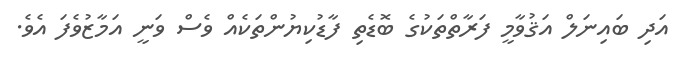
އަދި ބައިނަލް އަޤުވާމީ ފަރާތްތަކުގެ ބޮޑެތި ފާޑުކިޔުންތަކެއް ވެސް ވަނީ އަމާޒުވެފަ އެވެ.